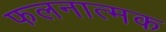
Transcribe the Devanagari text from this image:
फलनात्मक